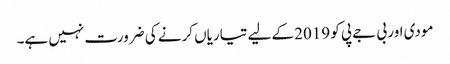
مودی اور بی جے پی کو 2019 کے لیے تیاریاں کرنے کی ضرورت نہیں ہے۔